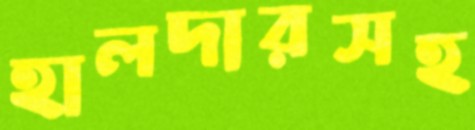
হালদারসহ